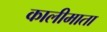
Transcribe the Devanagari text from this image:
कालीमाता